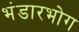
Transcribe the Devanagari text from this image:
भंडारभोग